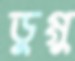
ডুগ্গু